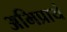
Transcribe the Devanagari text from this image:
अभिप्रायं